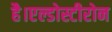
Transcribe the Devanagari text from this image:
है।एल्डोस्टीरोन